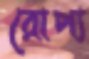
রোপ্য